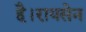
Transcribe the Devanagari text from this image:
है।रायसेन